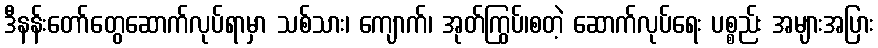
ဒီနန်းတော်တွေဆောက်လုပ်ရာမှာ သစ်သား၊ ကျောက်၊ အုတ်ကြွပ်၊စတဲ့ ဆောက်လုပ်ရေး ပစ္စည်း အများအပြား